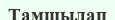
Тамшылап